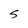
Character: S